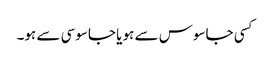
کسی جاسوس سے ہو یا جاسوسی سے ہو۔